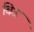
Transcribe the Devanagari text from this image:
विउ